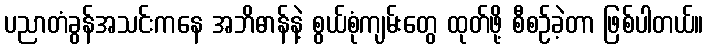
ပညာတံခွန်အသင်းကနေ အဘိဓာန်နဲ့ စွယ်စုံကျမ်းတွေ ထုတ်ဖို့ စီစဉ်ခဲ့တာ ဖြစ်ပါတယ်။